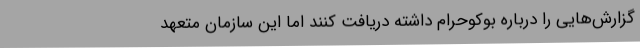
گزارش‌هایی را درباره بوکوحرام داشته دریافت کنند اما این سازمان متعهد